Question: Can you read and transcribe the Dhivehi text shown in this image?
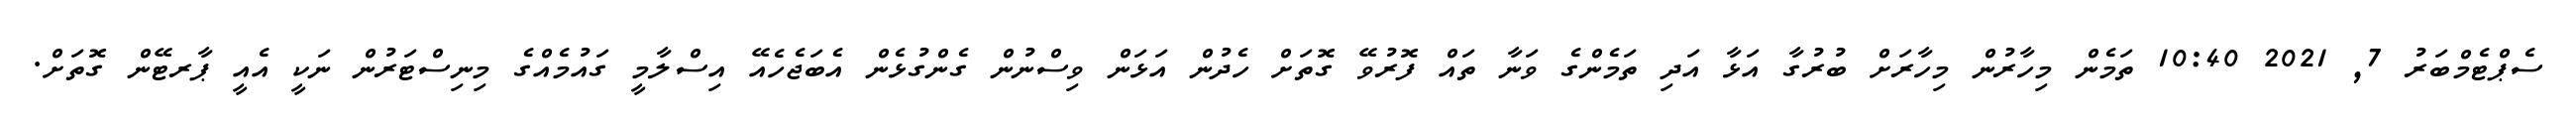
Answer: ސެޕްޓެމްބަރު 7, 2021 10:40 ތަމެން މިހާރުން މިހާރަށް ބުރުގާ އަޅާ އަދި ތަމެންގެ ވަނާ ތައް ފޮރުވޭ ގޮތަށް ހެދުން އަޅަން ވިސްނުން ގެންގުޅެން އެބަޖެހެއޭ އިސްލާމީ ގައުމެއްގެ މިނިސްޓަރުން ނަކީ އެއީ ޕާރޓޭން ގޮތަށް.